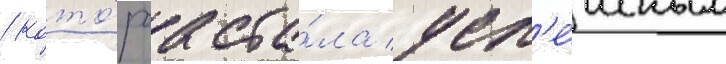
/ кото́раа ста́ла усп'е́шным